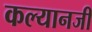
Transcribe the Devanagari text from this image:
कल्यानजी